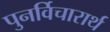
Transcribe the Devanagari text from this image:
पुनर्विचारार्थ